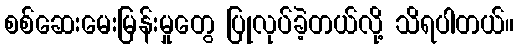
စစ်ဆေးမေးမြန်းမှုတွေ ပြုလုပ်ခဲ့တယ်လို့ သိရပါတယ်။